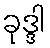
ခုဒ္ဒါ